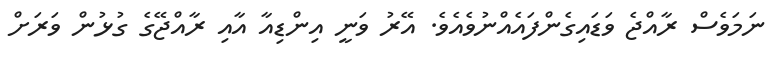
ނަމަވެސް ރާއްޖެ ވަޑައިގެންފައެއްނުވެއެވެ. އޭރު ވަނީ އިންޑިއާ އާއި ރާއްޖޭގެ ގުޅުން ވަރަށް